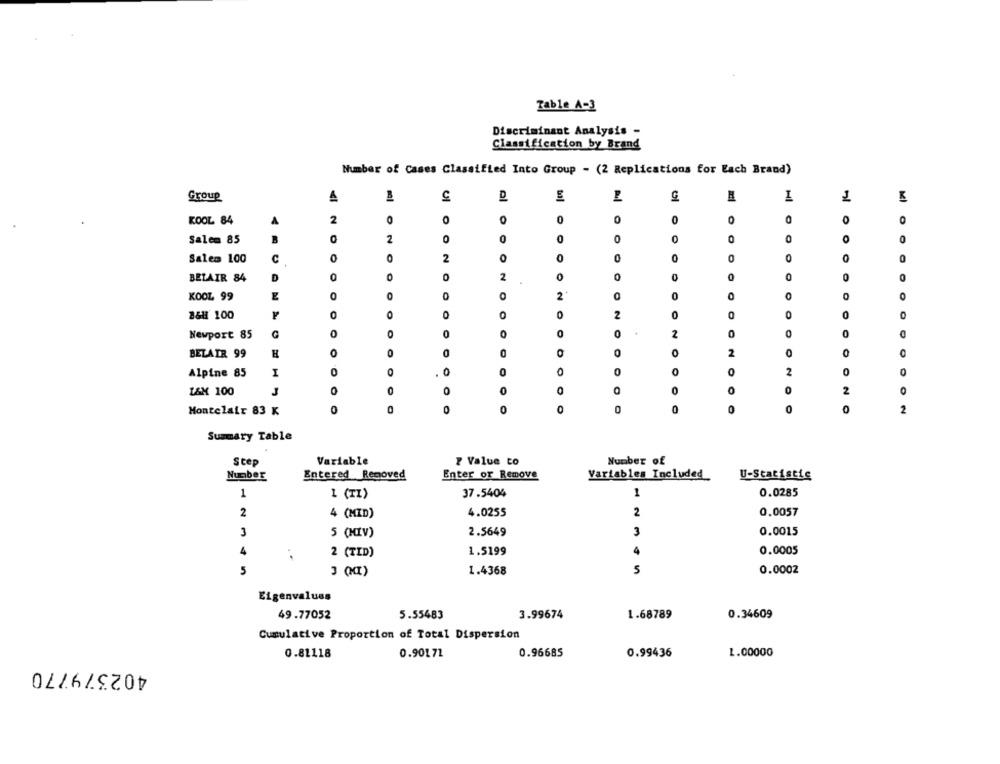
Table A-3
Discriminant Analysis -
Classification by Brand
Number of Cases Classified Into Group - (2 Replications for Each Brand)
Group
I
KOOL 84
A
2
0
O
al o
0
0
0
O
2
0
0
Salem 85
0
Salem 100
C
2
0
0
0
0
0
D
0
2
0
0
BELAIR 84
KOOL 99
0
0
2
0
B&H 100
Newport 85
0
0
0
2
0
0
0
0
2
BELAIR 99
0
Alpine 85
I
0
0
0
2
0
0
2
L&M 100
J
Montelair 83 K
0
0
0
2
Summary Table
Step
Variable
P Value to
Number of
Entered Removed
Enter or Remove
Variables Included
Number
U-Statistic
1
1 (TI)
37.5404
1
0.0285
2
4.0255
2
0.0057
4 (MID)
3
5 (HIV)
2.5649
3
0.0015
4
1.5199
4
0.0005
2 (TID)
5
3 (MI)
1.4368
S
0.0002
Eigenvalues
49.77052
5.55483
3.99674
1.68789
0.34609
Cumulative Proportion of Total Dispersion
0.81118
0.90172
0.96685
0.99436
1.00000
402379770